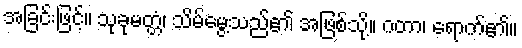
အခြင်းဖြင့်။ သုခုမတ္တံ၊ သိမ်မွေ့သည်၏ အဖြစ်သို့။ ဂတာ၊ ရောက်၏။